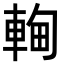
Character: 䡘